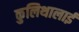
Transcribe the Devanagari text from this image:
कुलिथालाई